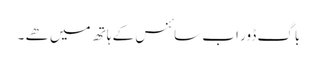
باگ ڈور اب سائنس کے ہاتھ میں ھے ۔